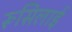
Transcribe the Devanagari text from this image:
रूसिलाई